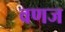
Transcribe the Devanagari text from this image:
वणज